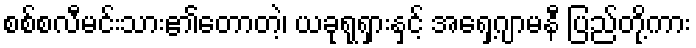
စစ်စလီမင်းသား၏တောတဲ့၊ ယခုရုရှားနှင့် အရှေ့ဂျာမနီ ပြည်တို့ကား